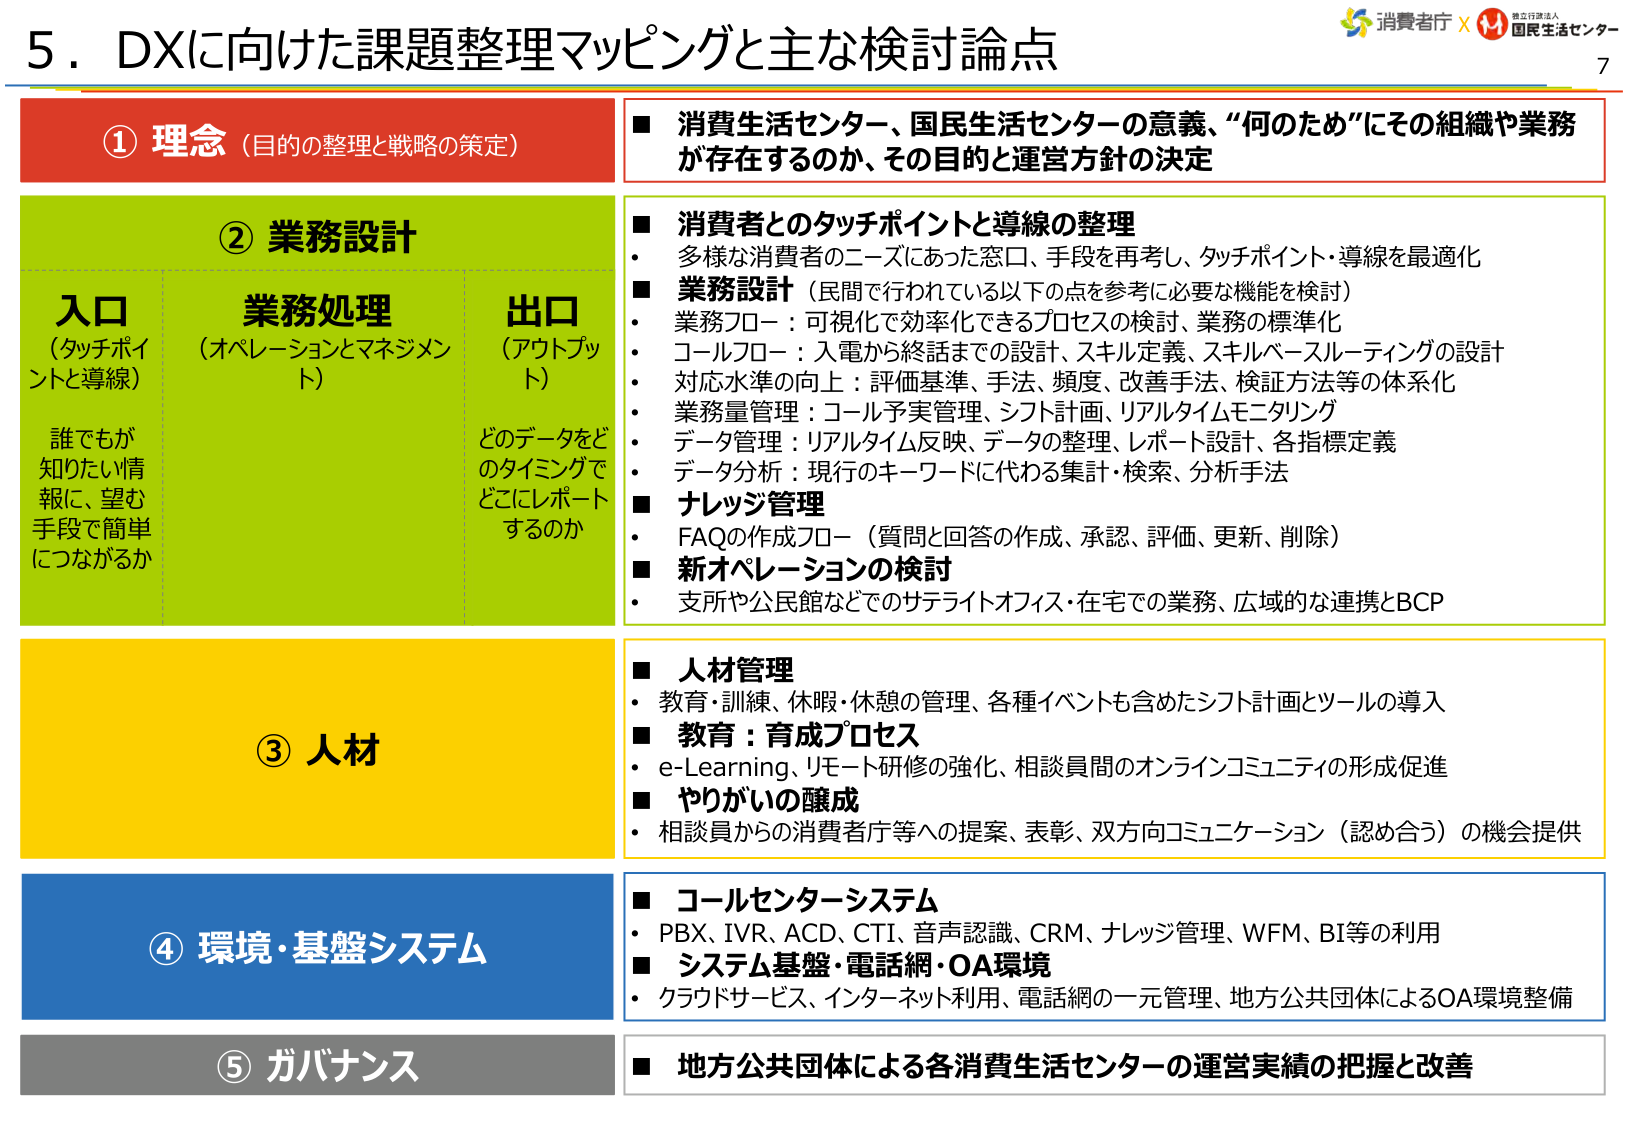
5．DXに向けた課題整理マッピングと主な検討論点

① 理念（目的の整理と戦略の策定）
■ 消費生活センター、国民生活センターの意義、“何のため”にその組織や業務が存在するのか、その目的と運営方針の決定

② 業務設計
入口（タッチポイントと導線）
誰でもが知りたい情報に、望む手段で簡単につながるか
業務処理（オペレーションとマネジメント）
出口（アウトプット）
どのデータをどのタイミングでどこにレポートするのか
■ 消費者とのタッチポイントと導線の整理
・多様な消費者のニーズにあった窓口、手段を再考し、タッチポイント・導線を最適化
■ 業務設計（民間で行われている以下の点を参考に必要な機能を検討）
・業務フロー：可視化で効率化できるプロセスの検討、業務の標準化
・コールフロー：入電から終話までの設計、スキル定義、スキルベースルーティングの設計
・対応水準の向上：評価基準、手法、頻度、改善手法、検証方法等の体系化
・業務量管理：コール予実管理、シフト計画、リアルタイムモニタリング
・データ管理：リアルタイム反映、データの整理、レポート設計、各指標定義
・データ分析：現行のキーワードに代わる集計・検索、分析手法
■ ナレッジ管理
・FAQの作成フロー（質問と回答の作成、承認、評価、更新、削除）
■ 新オペレーションの検討
・支所や公民館などでのサテライトオフィス・在宅での業務、広域的な連携とBCP

③ 人材
■ 人材管理
・教育・訓練、休暇・休憩の管理、各種イベントも含めたシフト計画とツールの導入
■ 教育：育成プロセス
・e-Learning、リモート研修の強化、相談員間のオンラインコミュニティの形成促進
■ やりがいの醸成
・相談員からの消費者庁等への提案、表彰、双方向コミュニケーション（認め合う）の機会提供

④ 環境・基盤システム
■ コールセンターシステム
・PBX、IVR、ACD、CTI、音声認識、CRM、ナレッジ管理、WFM、BI等の利用
■ システム基盤・電話網・OA環境
・クラウドサービス、インターネット利用、電話網の一元管理、地方公共団体によるOA環境整備

⑤ ガバナンス
■ 地方公共団体による各消費生活センターの運営実績の把握と改善

消費者庁 × 独立行政法人 国民生活センター
7